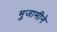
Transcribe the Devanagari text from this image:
मुजामीने